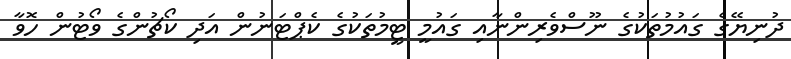
ދުނިޔޭގެ ގައުމުތަކުގެ ނޫސްވެރިންނާއި ގައުމީ ޓީމުތަކުގެ ކެޕްޓަނުން އަދި ކޯޗުންގެ ވޯޓުން ހޮވާ